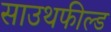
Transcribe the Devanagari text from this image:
साउथफील्ड